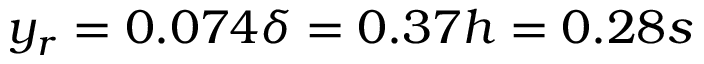
y _ { r } = 0 . 0 7 4 \delta = 0 . 3 7 h = 0 . 2 8 s